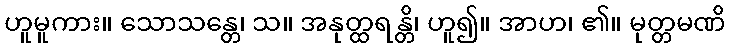
ဟူမူကား။ သောသန္တေ၊ သ။ အနုတ္ထရန္တိ၊ ဟူ၍။ အာဟ၊ ၏။ မုတ္တမဏိ